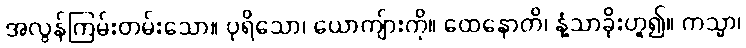
အလွန်ကြမ်းတမ်းသော။ ပုရိသော၊ ယောကျ်ားကို။ ထေနောတိ၊ နံ့သာခိုးဟူ၍။ ကသ္မာ၊